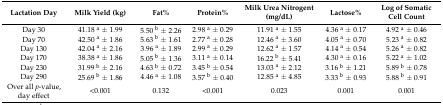
| Lactation Day | Milk Yield (kg) | Fat% | Protein% | Milk Urea Nitrogent (mg/dL) | Lactose% | Log of Somatic Cell Count |
 | --- | --- | --- | --- | --- | --- | --- |
 | Day 30 | 41.18 a ± 1.99 | 5.50 b ± 2.26 | 2.98 a ± 0.29 | 11.91 a ± 1.55 | 4.36 a ± 0.17 | 4.92 a ± 0.46 |
 | Day 70 | 42.50 a ± 1.86 | 5.63 b ± 1.61 | 2.77 a ± 0.28 | 12.46 a ± 3.60 | 4.05 a ± 0.70 | 5.23 a ± 0.82 |
 | Day 130 | 42.04 a ± 2.16 | 3.96 a ± 1.89 | 2.99 a ± 0.29 | 12.62 a ± 1.57 | 4.14 a ± 0.54 | 5.26 a ± 0.82 |
 | Day 170 | 38.38 a ± 1.86 | 5.05 b ± 1.36 | 3.11 a ± 0.14 | 16.22 b ± 5.41 | 4.30 a ± 0.16 | 5.22 a ± 1.02 |
 | Day 230 | 31.99 b ± 2.16 | 4.63 b ± 0.72 | 3.45 b ± 0.54 | 13.03 a ± 2.12 | 3.16 b ± 1.21 | 5.89 b ± 0.78 |
 | Day 290 | 25.69 b ± 1.86 | 4.46 a ± 1.08 | 3.57 b ± 0.40 | 12.85 a ± 4.85 | 3.33 b ± 0.93 | 5.88 b ± 0.91 |
 | Over all p-value, day effect | <0.001 | 0.132 | <0.001 | 0.023 | 0.001 | 0.001 |